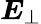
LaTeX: {\boldsymbol{E}}_{\perp}